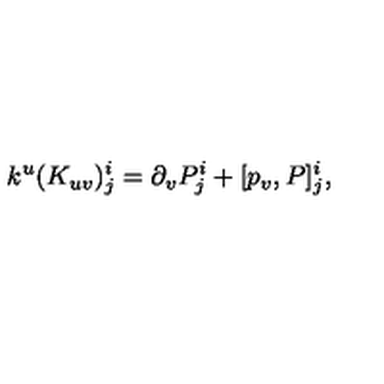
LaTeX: k ^ { u } ( K _ { u v } ) _ { j } ^ { i } = \partial _ { v } P _ { j } ^ { i } + [ p _ { v } , P ] _ { j } ^ { i } ,